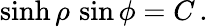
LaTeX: \sinh\rho\, \sin\phi={C}\, .